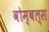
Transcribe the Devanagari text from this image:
वोम्बल्स